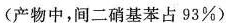
(产物中，间二硝基苯占93%)